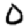
Digit: 0